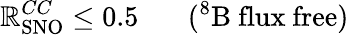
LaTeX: \mathbb{R}_{\mathrm{{SNO}}}^{CC}\leq0.5\ \ \ \ \ \ \ (^{8}{\mathrm{{B\ flux\ free}}})